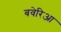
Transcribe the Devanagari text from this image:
बवेरिआ